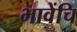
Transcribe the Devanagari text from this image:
भावेंचि